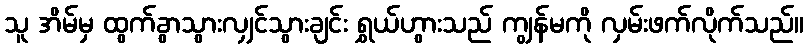
သူ အိမ်မှ ထွက်ခွာသွားလျှင်သွားချင်း ရွှယ်ဟွားသည် ကျွန်မကို လှမ်းဖက်လိုက်သည်။